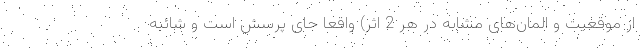
از موقعیت و المان‌های مشابه در هر 2 اثر) واقعا جای پرسش است و شائبه